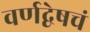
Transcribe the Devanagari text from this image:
वर्णद्वेषचं